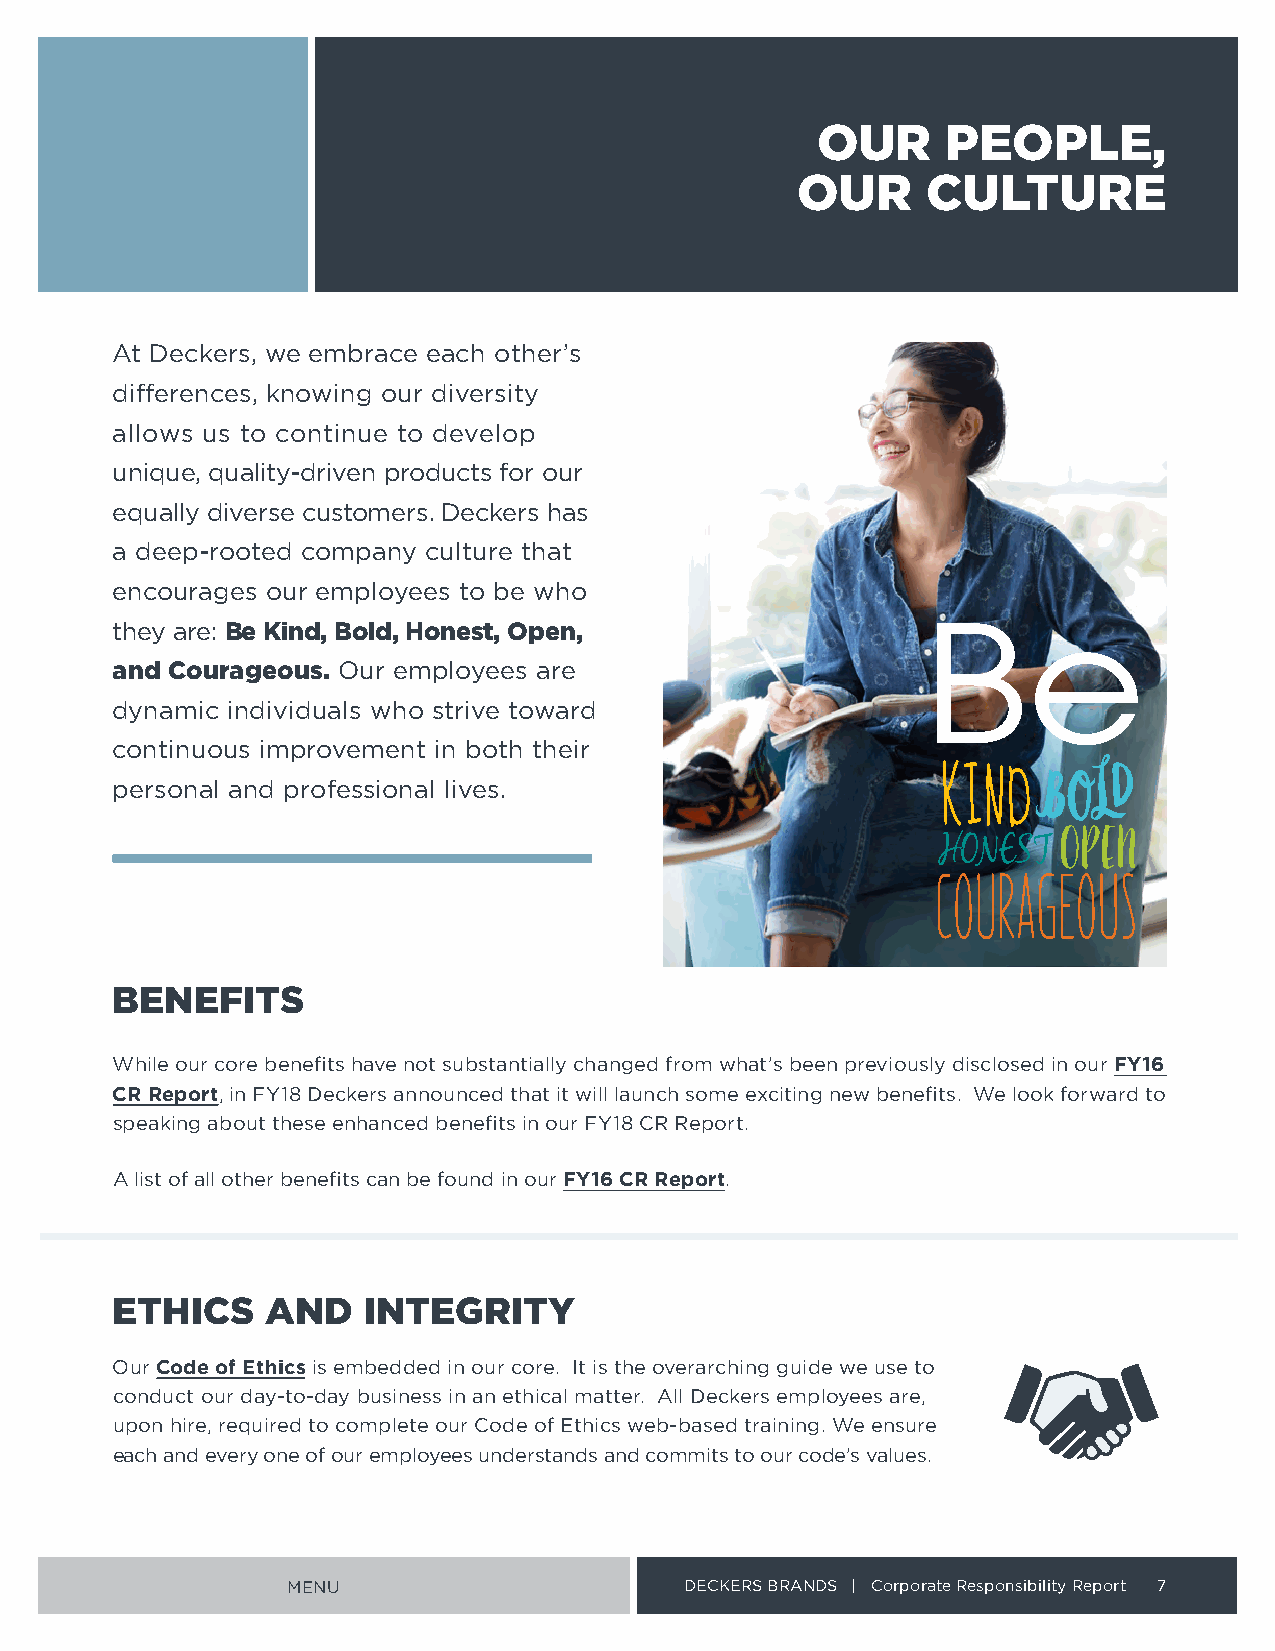
OUR      PEOPLE,
 OUR     CULTURE
 At Deckers, we embrace each other’s
 differences, knowing our diversity
 allows us to continue to develop
 unique, quality-driven products for our
 equally diverse customers Deckers has
 a deep-rooted company culture that
 encourages our employees to be who
 they are: Be Kind, Bold, Honest, Open,
 and Courageous . Our employees are
 dynamic individuals who strive toward
 continuous improvement in both their
 personal and professional lives
 BENEFITS
 While our core benefits have not substantially changed from what’s been previously disclosed in our FY16
 CR Report, in FY18 Deckers announced that it will launch some exciting new benefits We look forward to
 speaking about these enhanced benefits in our FY18 CR Report
 A list of all other benefits can be found in our FY16 CR Report
 ETHICS     AND   INTEGRITY
 Our Code of Ethics is embedded in our core It is the overarching guide we use to
 conduct our day-to-day business in an ethical matter All Deckers employees are,
 upon hire, required to complete our Code of Ethics web-based training We ensure
 each and every one of our employees understands and commits to our code’s values
 MENU                      DECKERS BRANDS | Corporate Responsibility Report 7